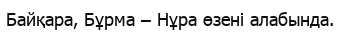
Байқара, Бұрма – Нұра өзені алабында.